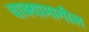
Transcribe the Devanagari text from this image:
वाक्यामागील